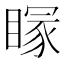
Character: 𥉕